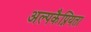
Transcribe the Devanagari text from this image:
अल्पकैप्नियता